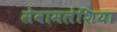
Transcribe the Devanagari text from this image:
सेवामलेशिया